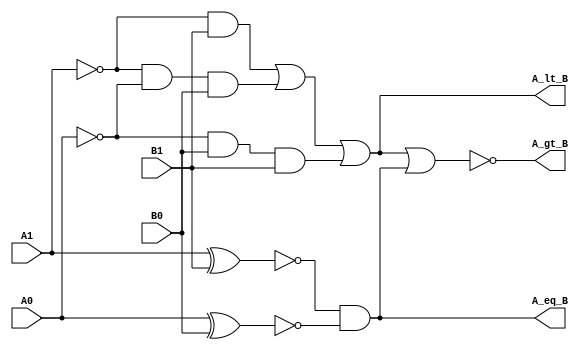

module Comp_2_str (A_gt_B, A_lt_B, A_eq_B, A1, A0, B1, B0);
  output 	A_gt_B, A_lt_B, A_eq_B;
  input 	A1, A0, B1, B0;
  wire	w1, w2, w3, w4, w5, w6, w7;
  or 		(A_lt_B, w1, w2, w3);
  nor 	(A_gt_B, A_lt_B, A_eq_B);
  and 	(A_eq_B, w4, w5);
  and 	(w1, w6, B1);
  and 	(w2, w6, w7, B0);
  and 	(w3, w7, B0, B1);
  not 	(w6, A1);
  not 	(w7, A0);
  xnor 	(w4, A1, B1);
  xnor 	(w5, A0, B0);
endmodule